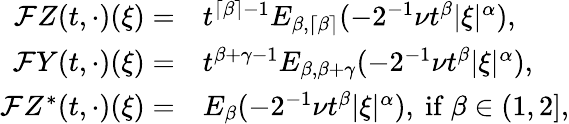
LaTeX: \begin{array}{rl}{\mathcal{F}Z(t,\cdot)(\xi)=}&{t^{\lceil\beta\rceil-1}E_{\beta,\lceil\beta\rceil}(-2^{-1}\nu t^{\beta}|\xi|^{\alpha}),}\\ {\mathcal{F}Y(t,\cdot)(\xi)=}&{t^{\beta+\gamma-1}E_{\beta,\beta+\gamma}(-2^{-1}\nu t^{\beta}|\xi|^{\alpha}),}\\ {\mathcal{F}Z^{*}(t,\cdot)(\xi)=}&{E_{\beta}(-2^{-1}\nu t^{\beta}|\xi|^{\alpha}),\ \mathrm{if}\ \beta\in(1,2],}\end{array}